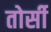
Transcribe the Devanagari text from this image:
तोर्सी